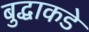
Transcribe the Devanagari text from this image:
बुद्धाकडे